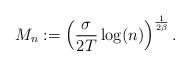
LaTeX: \begin{align*}M_n:= \left( \frac{\sigma}{2T} \log(n) \right)^{\frac{1}{2\beta}}.\end{align*}